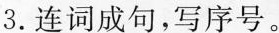
3.连词成句，写序号。